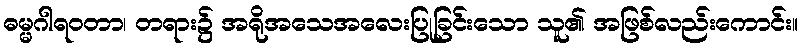
ဓမ္မဂါရဝတာ၊ တရား၌ အရိုအသေအလေးပြုခြင်းသော သူ၏ အဖြစ်လည်းကောင်း။